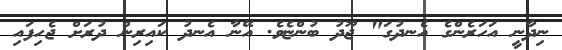
ނިދާނީ އަހަރެންގެ އެނދުގަ" ޖޫދު ބުންޏެވެ. އޭނާ އެނދު ކައިރިން ދުރަށް ޖެހިފައި